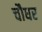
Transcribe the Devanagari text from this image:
चौधर